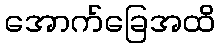
အောက်ခြေအထိ